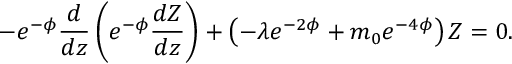
- e ^ { - \phi } \frac { d } { d z } \left( e ^ { - \phi } \frac { d Z } { d z } \right) + \left( - \lambda e ^ { - 2 \phi } + m _ { 0 } e ^ { - 4 \phi } \right) Z = 0 .